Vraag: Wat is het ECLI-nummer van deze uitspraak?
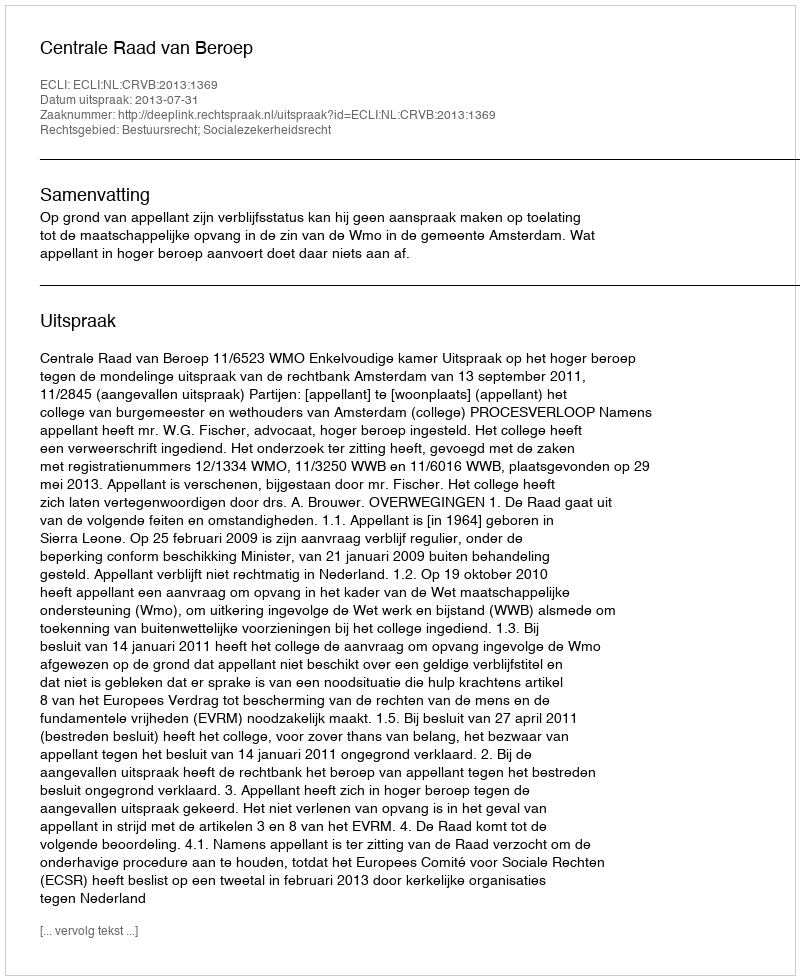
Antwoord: ECLI:NL:CRVB:2013:1369